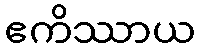
ဧကိဿာယ